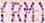
(RM)